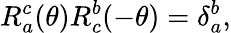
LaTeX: R_{a}^{c}(\theta)R_{c}^{b}(-\theta)=\delta_{a}^{b},